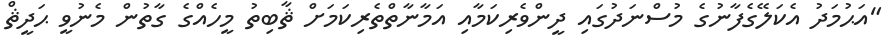
"އަޙުމަދު އެކަލޭގެފާނުގެ މުސްނަދުގައި ދީންވެރިކަމާއި އަމާނާތްތެރިކަމަށް ޘާބިތު މީހެއްގެ ގާތުން މެނުވީ ޙަދީޘް